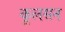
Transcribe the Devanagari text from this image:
कूलसन